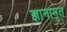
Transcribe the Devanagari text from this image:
ज्ञानामृत